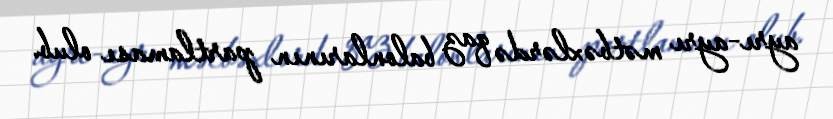
ayrı-ayrı mətbəxlərdə qaz balonlarının partlaması olub.